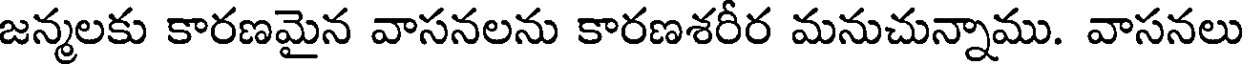
జన్మలకు కారణమైన వాసనలను కారణశరీర మనుచున్నాము. వాసనలు